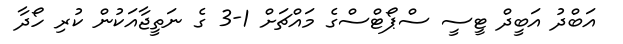
އަބްދު އަބީދް ޓީސީ ސްޕޯޓްސްގެ މައްޗަށް 1-3 ގެ ނަތީޖާއަކުން ކުރި ހޯދާ